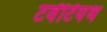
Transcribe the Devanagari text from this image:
टवेंटियथ